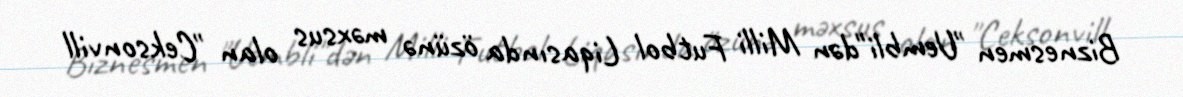
Biznesmen "Uembli"dən Milli Futbol Liqasında özünə məxsus olan "Ceksonvill